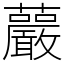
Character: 䕾